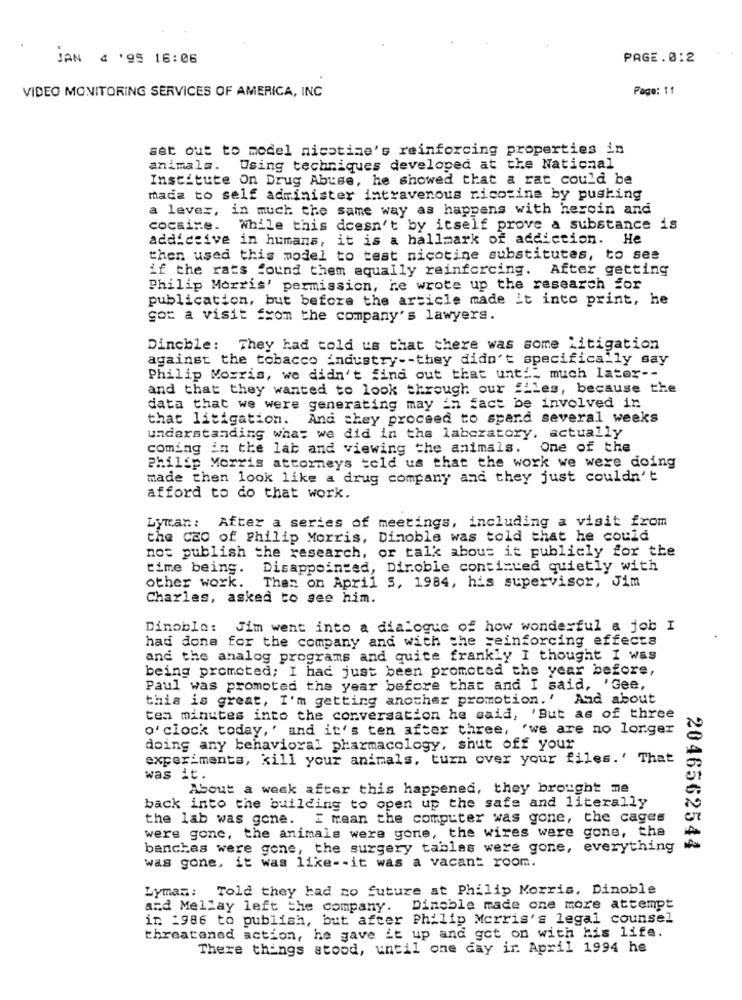
JAN 4 '95 16:06
PAGE.012
VIDEO MONITORING SERVICES OF AMERICA, INC
Page: 11
set out to model nicotine's reinforcing properties in
animals.
Using techniques developed at the National
Institute On Drug Abuse, he showed that a rat could be
mada to self administer intravenous nicotina by pushing
a lever, in much the same way as happens with heroin and
cocaine. While this doesn't by itself prove a substance is
addictive in humans, it is a hallmark of addiction. He
then used this model to test nicotine substitutes, to see
if the rats found them equally reinforcing. After getting
Philip Morris' permission, he wrote up the research for
publication, but before the article made it into print, he
got a visit from the company's lawyers.
Dinchle: They had told us that there was some Litigation
against the tobacco industry -- they didn't specifically say
Philip Morris, we didn't find out that until much later --
and that they wanted to look through our "Lles, because the
data that we were generating may in fact be involved in
that litigation.
And they proceed to spard several weeks
understanding what we did in the laboratory, actually
coming in the lab and viewing the animals. One of the
Philip Morris attorneys told us that the work we were doing
made then look like a drug company and they just couldn't
afford to do that work.
Lyman: After a series of meetings, including a visit from
the CEO of Philip Morris, Dinoble was told that he could
not publish the research, or talk about it publicly for the
time being. Disappointed, Diroble continued quietly with
other work. Then on April 5, 1984, his supervisor, Jim
Charles, asked to see him.
Dinoble: Jim went into a dialogue of how wonderful a job I
had done for the company and with the =einforcing effects
and the analog programs and quite frankly I thought I was
being promoted; I had just been promoted the year before,
Paul was promoted the year before that and I said, 'Gee,
this is great, I'm getting another promotion.' And about
ten minutes into the conversation he said, 'But as of three
o'clock today,' and it's ten after three, 'we are no longer
doing any behavioral pharmacology, shut off your
experiments, kill your animals, turn over your files.' That
was it.
About a week after this happened, they brought me
back into the building to open up the safe and literally
the lab was gone. I mean the computer was gone, the cages
were gone, the animals were gone, the wires were gone, the
banches were gone, the surgery tables were gone, everything
2046562544
was gone, it was like -- it was a vacant room.
Lyman: Told they had no future at Philip Morris, Dinoble
and Mellay left the company. Dineble made one more attempt
in 1986 to publish, but after Philip Morris's legal counsel
threatened action, he gave it up and get on with his life.
There things stood, until one day in April 1994 he